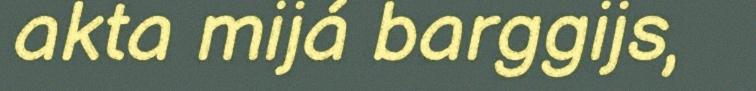
akta mijá barggijs,